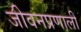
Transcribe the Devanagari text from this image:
जीवनप्रणाली